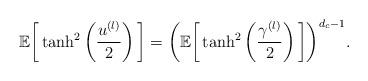
LaTeX: \begin{align*}\mathbb{E}\bigg[\tanh^{2}\left(\frac{u^{(l)}}{2}\right)\bigg]=\bigg(\mathbb{E}\bigg[\tanh^{2}\left(\frac{\gamma^{(l)}}{2}\right)\bigg]\bigg)^{d_{c}-1}.\end{align*}